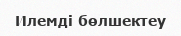
Илемдi бөлшектеу